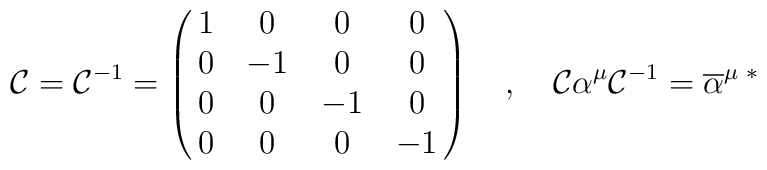
{\cal C} = {\cal C}^{-1} =\pmatrix{1&0&0&0\cr0&-1&0&0\cr0&0&-1&0\cr0&0&0&-1\cr}\quad,\quad {\cal C}\alpha^\mu {\cal C}^{-1} =\overline{\alpha}^{\mu\,\,\ast}